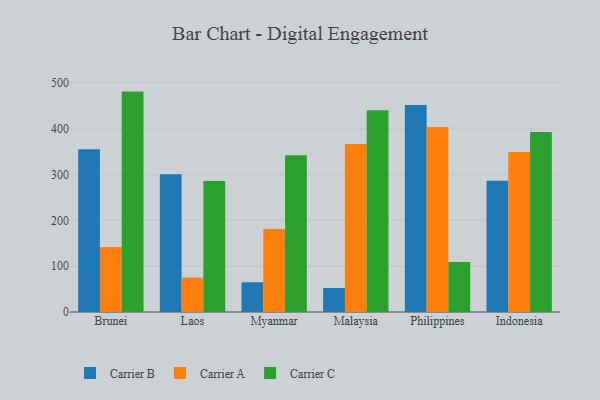
{"axis": {"x": "Country", "y": "Backlog"}, "legend": ["Carrier A", "Carrier B", "Carrier C"], "data": [{"x": "Brunei", "y": 355.4, "type": "Carrier B"}, {"x": "Brunei", "y": 142.1, "type": "Carrier A"}, {"x": "Brunei", "y": 481.5, "type": "Carrier C"}, {"x": "Laos", "y": 301.2, "type": "Carrier B"}, {"x": "Laos", "y": 75.1, "type": "Carrier A"}, {"x": "Laos", "y": 286.2, "type": "Carrier C"}, {"x": "Myanmar", "y": 64.9, "type": "Carrier B"}, {"x": "Myanmar", "y": 181.6, "type": "Carrier A"}, {"x": "Myanmar", "y": 342.2, "type": "Carrier C"}, {"x": "Malaysia", "y": 52.4, "type": "Carrier B"}, {"x": "Malaysia", "y": 367.0, "type": "Carrier A"}, {"x": "Malaysia", "y": 440.7, "type": "Carrier C"}, {"x": "Philippines", "y": 452.3, "type": "Carrier B"}, {"x": "Philippines", "y": 404.0, "type": "Carrier A"}, {"x": "Philippines", "y": 109.4, "type": "Carrier C"}, {"x": "Indonesia", "y": 286.6, "type": "Carrier B"}, {"x": "Indonesia", "y": 349.4, "type": "Carrier A"}, {"x": "Indonesia", "y": 393.1, "type": "Carrier C"}]}